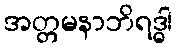
အတ္တမနာဘိရဒ္ဓါ